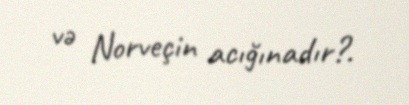
və Norveçin acığınadır?.